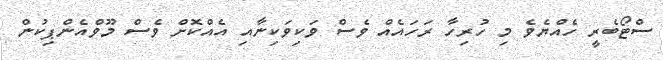
ސްޓޯބެރީ ހެއްޔެވެ މި ހުރިހާ ރަހައެއް ވެސް ވަކިވަކިނާއި އެއްކޮށް ވެސް މޫވްއެންޕިކުން